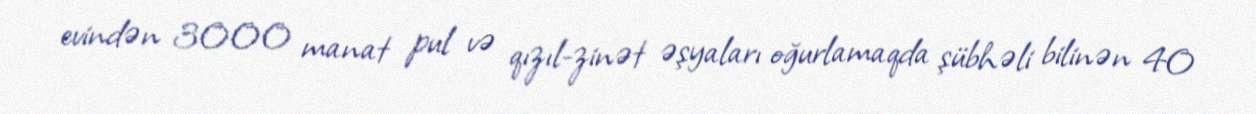
evindən 3000 manat pul və qızıl-zinət əşyaları oğurlamaqda şübhəli bilinən 40